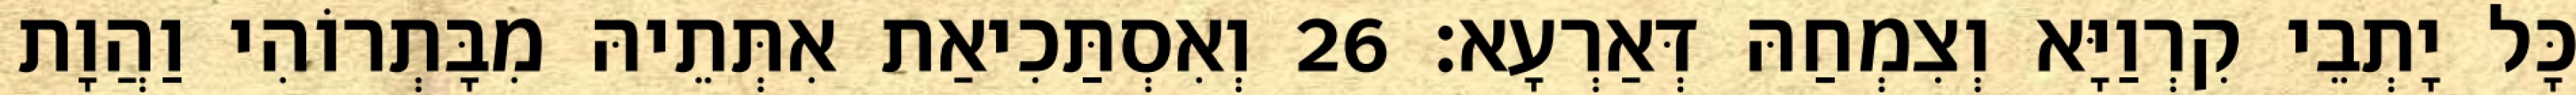
כָּל יָתְבֵי קִרְוַיָּא וְצִמְחַהּ דְּאַרְעָא׃ 26 וְאִסְתַּכִיאַת אִתְּתֵיהּ מִבָּתְרוֹהִי וַהֲוָת